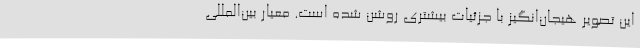
این تصویر هیجان‌انگیز با جزئیات بیشتری روشن شده است. معیار بین‌المللی